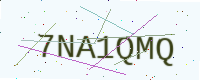
Text: 7NA1QMQ